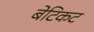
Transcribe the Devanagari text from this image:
बेटिकट